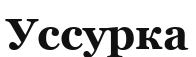
Уссурка